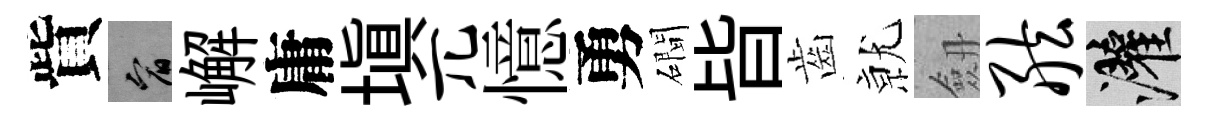
貲宥嶰庸塡兀憶勇磵皆齒𭕒劔舷灌